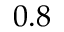
0 . 8